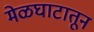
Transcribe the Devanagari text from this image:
मेळघाटातून